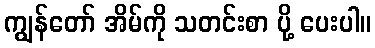
ကျွန်တော် အိမ်ကို သတင်းစာ ပို့ ပေးပါ။